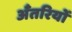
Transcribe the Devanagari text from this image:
अँतरियों